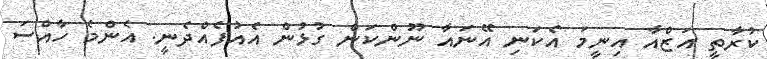
ކުރާތީ އަޒްއާ އިނީމަ އެކަނި އޭނައާ ނޫންކަން ގުޅުން އެއުފެއްދެނީ. އެންމެ ހާއްސަ